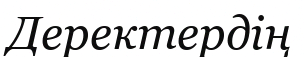
Деректердің